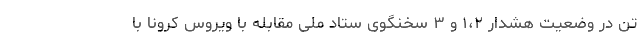
تن در وضعیت هشدار ۱،۲ و ۳ سخنگوی ستاد ملی مقابله با ویروس کرونا با